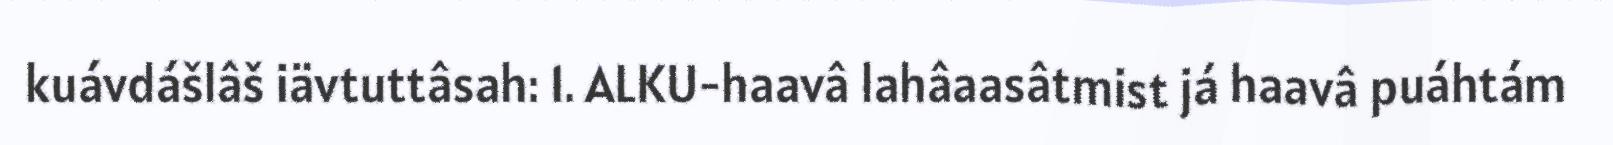
kuávdášlâš iävtuttâsah: 1. ALKU-haavâ lahâaasâtmist já haavâ puáhtám